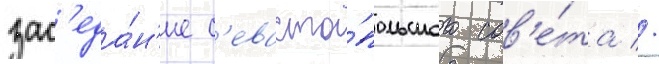
зас'еда́н'ие с'евасто́польского сов'е́та //